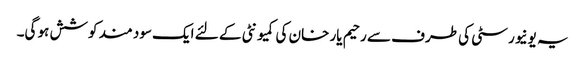
یہ یونیورسٹی کی طرف سے رحیم یار خان کی کمیونٹی کے لئے ایک سود مند کوشش ہو گی۔